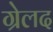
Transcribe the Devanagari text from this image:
ग्रेलद